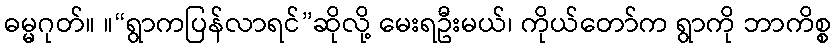
ဓမ္မဂုတ်။ ။“ရွာကပြန်လာရင်”ဆိုလို့ မေးရဦးမယ်၊ ကိုယ်တော်က ရွာကို ဘာကိစ္စ